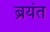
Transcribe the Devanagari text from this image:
ब्रयंत